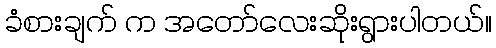
ခံစားချက် က အတော်လေးဆိုးရွားပါတယ်။